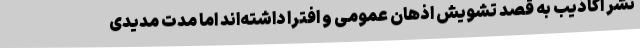
نشر اکاذیب به قصد تشویش اذهان عمومی و افترا داشته‌اند اما مدت مدیدی